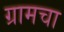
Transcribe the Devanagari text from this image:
ग्रामचा